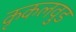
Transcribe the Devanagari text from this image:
कृकलवुड